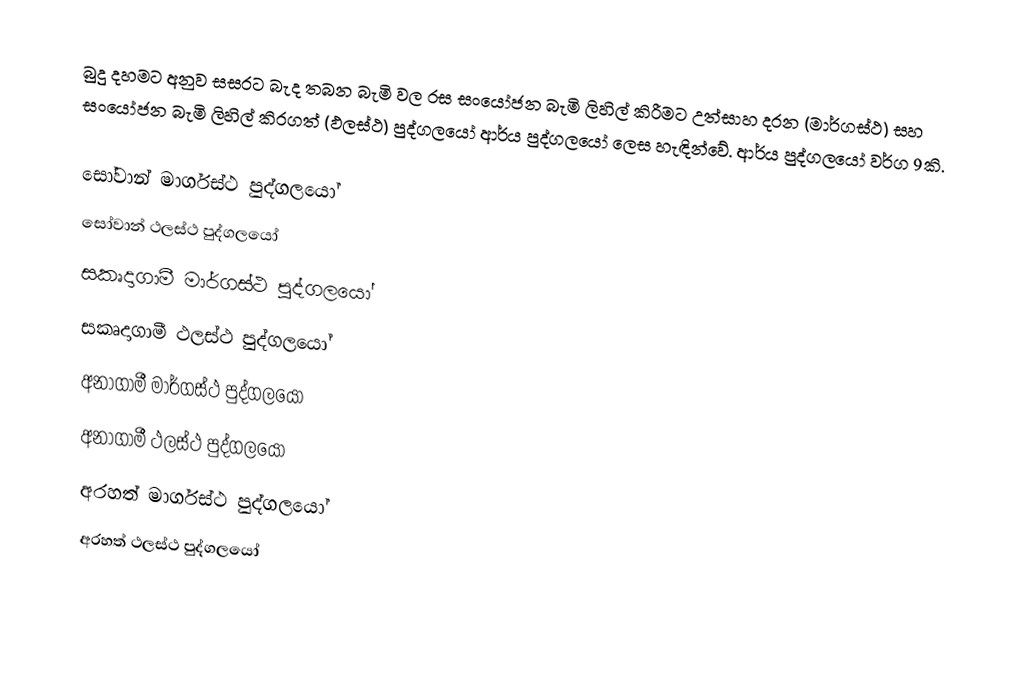
බුදු දහමට අනුව සසරට බැද තබන බැමි වල රස සංයෝජන බැමි ලිහිල් කිරීමට උත්සාහ දරන (මාර්ගස්ථ)  සහ  සංයෝජන බැමි ලිහිල් කිරගත් (ඵලස්ථ) පුද්ගලයෝ ආර්ය පුද්ගලයෝ ලෙස හැඳින්වේ. ආර්ය පුද්ගලයෝ වර්ග 9කි.

 සෝවාන් මාර්ගස්ථ පුද්ගලයෝ
 සෝවාන් ථලස්ථ පුද්ගලයෝ
 සකෘදාගාමී මාර්ගස්ථ පුද්ගලයෝ
 සකෘදාගාමී ථලස්ථ පුද්ගලයෝ
 අනාගාමී මාර්ගස්ථ පුද්ගලයෝ
 අනාගාමී ථලස්ථ පුද්ගලයෝ
 අරහත් මාර්ගස්ථ පුද්ගලයෝ
 අරහත් ථලස්ථ පුද්ගලයෝ